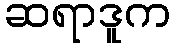
ဆရာဒူက